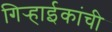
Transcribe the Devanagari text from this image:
गिर्‍हाईकांची